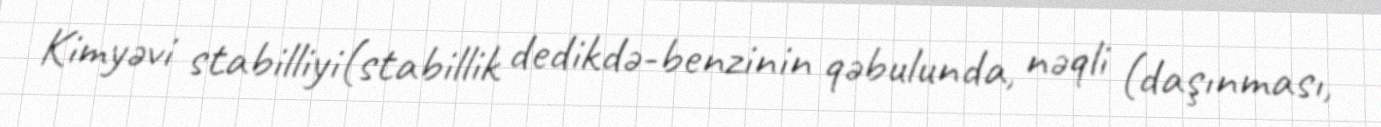
Kimyəvi stabilliyi(stabillik dedikdə-benzinin qəbulunda, nəqli (daşınması,